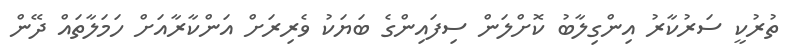
ތުރުކީ ސަރުކާރު އިންގިލާބު ކޮށްލަން ސިފައިންގެ ބަޔަކު ވެރިރަށް އަންކާރާއަށް ހަމަލާތައް ދޭން